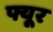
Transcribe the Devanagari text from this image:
फ्यूर